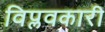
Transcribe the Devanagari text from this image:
विप्लवकारी